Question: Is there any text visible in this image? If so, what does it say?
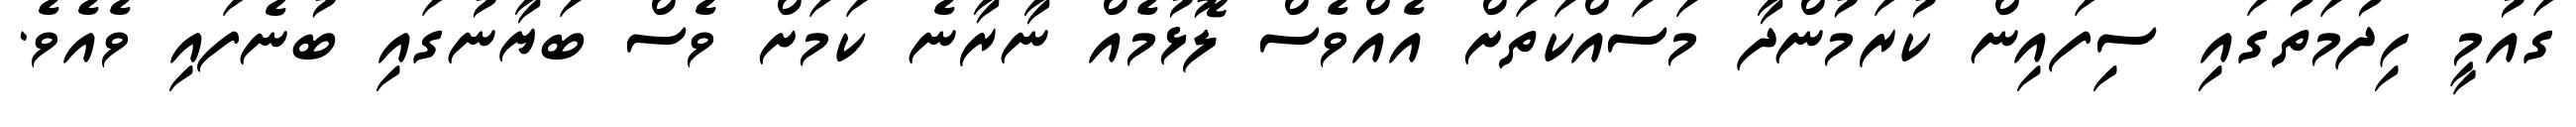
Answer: ގައުމީ ހިދުމަތުގައި ސިފައިން ކުރަމުންދާ މަސައްކަތަށް އެއްވެސް ލޮޅުމެއް ނާރާނެ ކަމަށް ވެސް ބަޔާނުގައި ބުނެފައި ވެއެވެ.